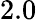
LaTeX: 2.0